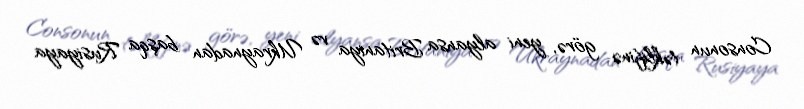
Consonun təklifinə görə, yeni alyansa Britaniya və Ukraynadan başqa Rusiyaya